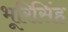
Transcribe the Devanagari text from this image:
भूरिसिंह